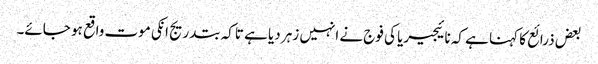
بعض ذرائع کا کہنا ہے کہ نائیجیریا کی فوج نے انہیں زہر دیا ہے تاکہ بتدریج انکی موت واقع ہو جائے۔